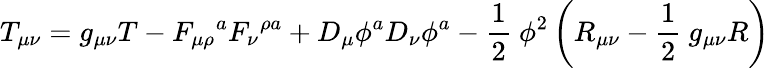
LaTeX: T_{\mu\nu}=g_{\mu\nu}T-F_{\mu\rho}\mathrm{}^{a}F_{\nu}\mathrm{}^{\rho a}+D_{\mu}\phi^{a}D_{\nu}\phi^{a}-\frac{1}{2}\ \phi^{2}\left(R_{\mu\nu}-\frac{1}{2}\ g_{\mu\nu}R\right)